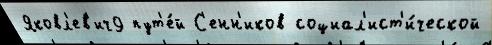
Яковл'ев'ич9 пут'е́й С'енн'иков социал'ист'и́ческой